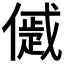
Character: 𠏔